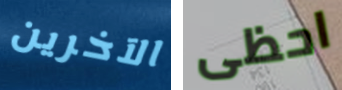
الآخرين احظى